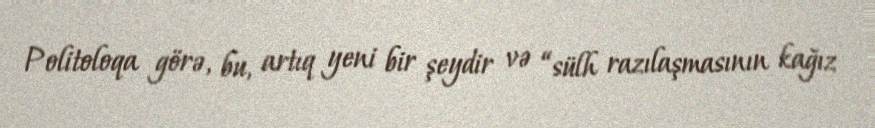
Politoloqa görə, bu, artıq yeni bir şeydir və “sülh razılaşmasının kağız